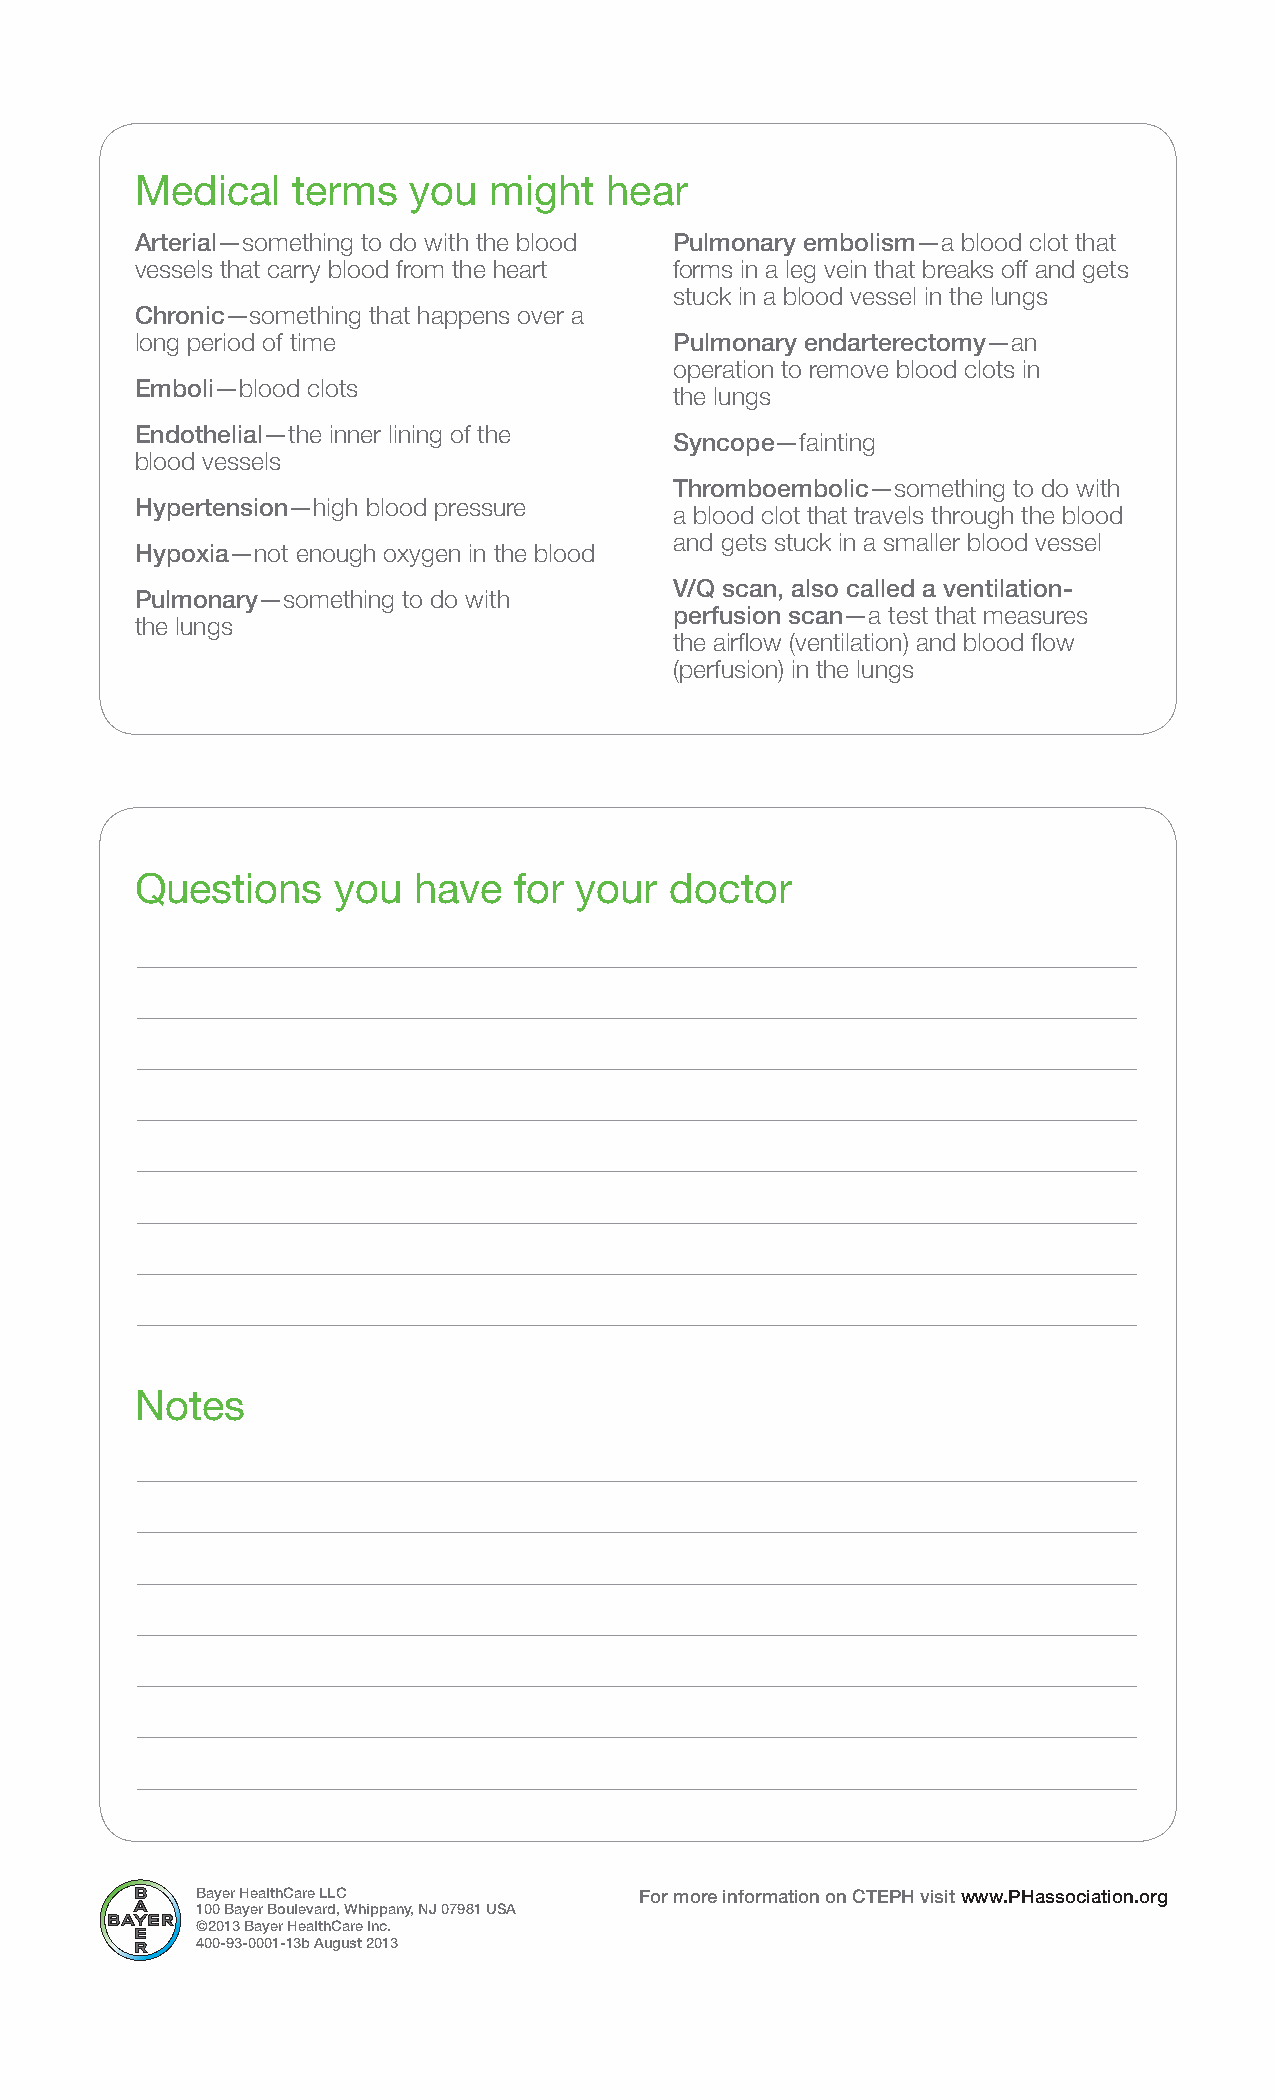
Medical   terms   you  might   hear
 Arterial—something to do with the blood Pulmonary embolism—a blood clot that
 vessels that carry blood from the heart forms in a leg vein that breaks off and gets
 stuck in a blood vessel in the lungs
 Chronic—something that happens over a
 long period of time                 Pulmonary endarterectomy—an
 operation to remove blood clots in
 Emboli— blood clots
 the lungs
 Endothelial—the inner lining of the
 Syncope—fainting
 blood vessels
 Thromboembolic—something to do with
 Hypertension—high blood pressure
 a blood clot that travels through the blood
 and gets stuck in a smaller blood vessel
 Hypoxia—not enough oxygen in the blood
 V/Q scan, also called a ventilation-
 Pulmonary—something to do with
 perfusion scan—a test that measures
 the lungs
 the airflow (ventilation) and blood flow
 (perfusion) in the lungs
 Questions    you  have   for your  doctor
 Notes
 Bayer HealthCare LLC         For more information on CTEPH visit www.PHassociation.org
 100 Bayer Boulevard, Whippany, NJ 07981 USA
 ©2013 Bayer HealthCare Inc.
 400-93-0001-13b August 2013